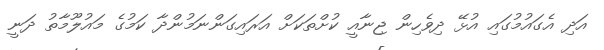
އަދި އެގައުމުގައި އުޅޭ ދިވެހިން ޖިނާއީ ކުށްތަކަށް އަރައިގަންނަމުންދާ ކަމުގެ މައުލޫމާތު ދަނީ